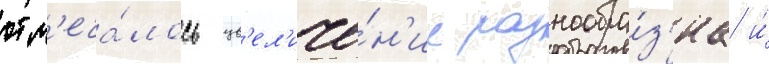
отм'еча́лось ув'ел'иче́н'ие разнообра́з'иа и́